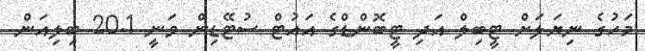
މަހުގެ ނިޔަލަށް ޓީބިލް އަދި ޓީބޮންޑްގެ އައުޓް ސުޓޭޑިން ވަނީ 20.1 ބިލިއަން